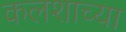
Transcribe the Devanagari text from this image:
कलशाच्या